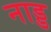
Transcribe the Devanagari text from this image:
नाड्ड